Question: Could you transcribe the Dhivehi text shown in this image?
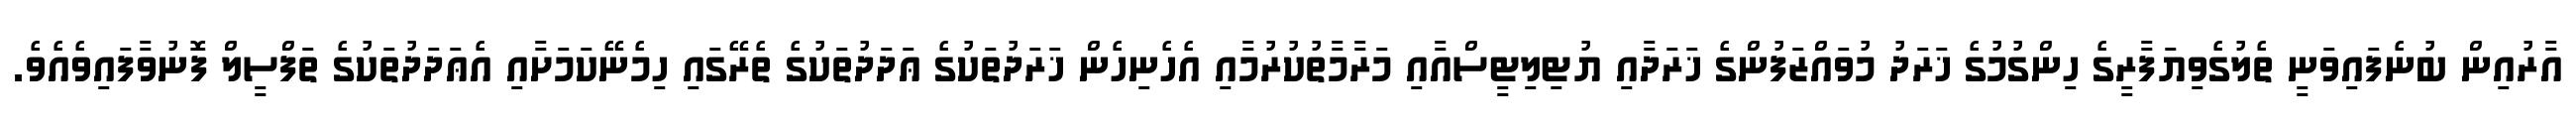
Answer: އާރުއިން ބުނެފައިވަނީ ތެލުގެވިޔަފާރީގެ ހިންގުމުގެ ޚަރަދު މުވައްޒަފުންގެ ޚަރަދާއި ޔުޓިލިޓީސްއާއި މަރާމާތުކުރުމާއި އެހެނިހެން ޚަރަދުތަކުގެ ޢަދަދުތަކުގެ ތެރޭގައި ހިމެނޭކަމަށާއި އެޢަދަދުތަކުގެ ތަފްސީލް ފޮނުވާފައިވެއެވެ.